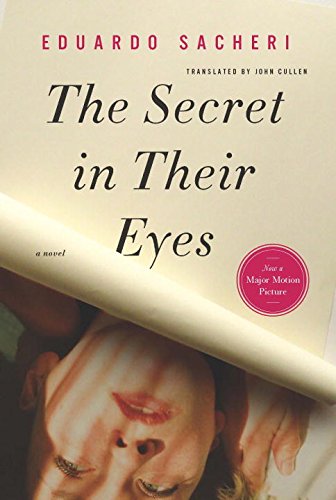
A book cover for The Secret in Their Eyes; Eduardo Sacheri; Literature & Fiction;